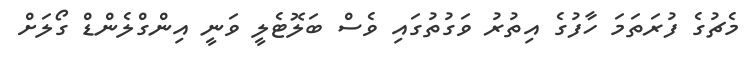
މެޗުގެ ފުރަތަމަ ހާފުގެ އިތުރު ވަގުތުގައި ވެސް ބަލޮޓެލީ ވަނީ އިންގްލެންޑް ގޯލަށް